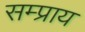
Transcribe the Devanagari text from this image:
सम्प्राय